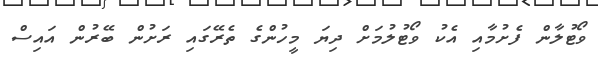
ވޯޓުލާން ފެށުމާއި އެކު ވޯޓުލުމަށް ދިޔަ މީހުންގެ ތެރޭގައި ރަށުން ބޭރުން އައިސް